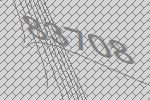
83708